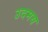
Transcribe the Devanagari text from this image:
उदमय